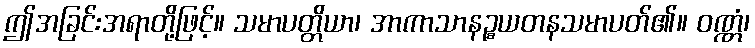
ဤအခြင်းအရာတို့ဖြင့်။ သမာပတ္တိယာ၊ အာကာသာနဉ္စယတနသမာပတ်၏။ ဝဏ္ဏံ၊